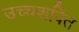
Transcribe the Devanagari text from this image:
उच्चशक्ति